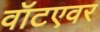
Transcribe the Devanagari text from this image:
वॉटएवर